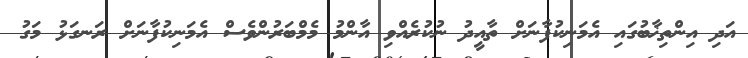
އަދި އިންތިޚާބުގައި އެމަނިކުފާނަށް ތާއީދު ނުކުރެއްވި އާންމު މެމްބަރުންވެސް އެމަނިކުފާނަށް ރަނގަޅު މަގު